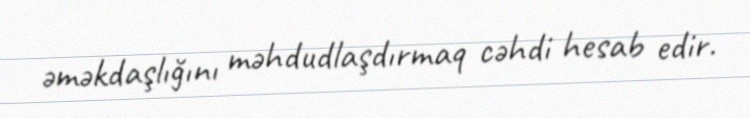
əməkdaşlığını məhdudlaşdırmaq cəhdi hesab edir.